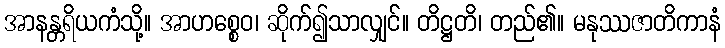
အာနန္တရိယကံသို့။ အာဟစ္စေဝ၊ ဆိုက်၍သာလျှင်။ တိဋ္ဌတိ၊ တည်၏။ မနုဿဇာတိကာနံ